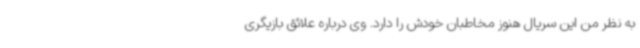
به نظر من این سریال هنوز مخاطبان خودش را دارد. وی درباره علائق بازیگری